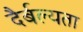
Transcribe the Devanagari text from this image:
दैर्बल्यता